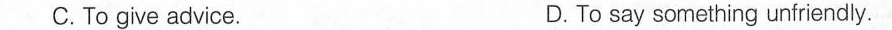
C.To give advice. D.To say something unfriendly.